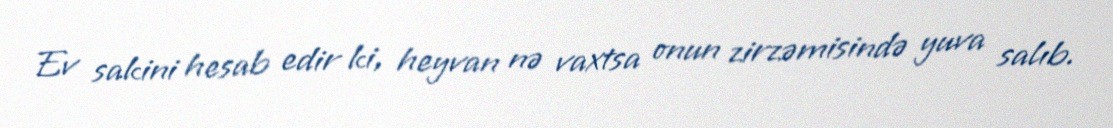
Ev sakini hesab edir ki, heyvan nə vaxtsa onun zirzəmisində yuva salıb.